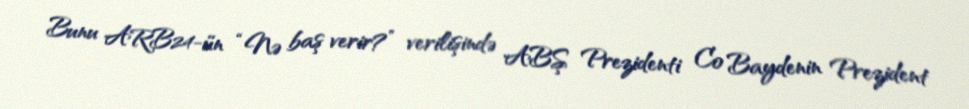
Bunu ARB24-ün “Nə baş verir?” verilişində ABŞ Prezidenti Co Baydenin Prezident